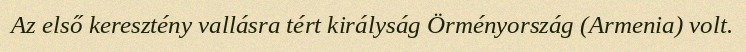
Az első keresztény vallásra tért királyság Örményország (Armenia) volt.